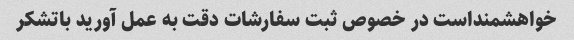
خواهشمنداست در خصوص ثبت سفارشات دقت به عمل آورید باتشکر